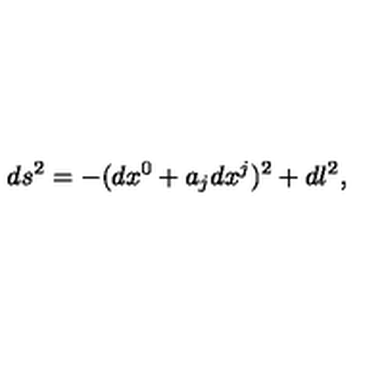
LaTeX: d s ^ { 2 } = - ( d x ^ { 0 } + a _ { j } d x ^ { j } ) ^ { 2 } + d l ^ { 2 } ,